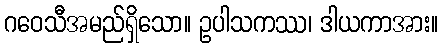
ဂဝေသီအမည်ရှိသော။ ဥပါသကဿ၊ ဒါယကာအား။